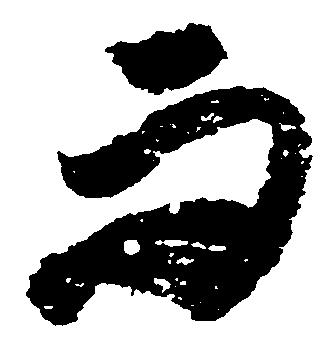
而